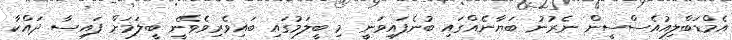
އެމްޑަބްލިއުއެސްސީން ނެރުނު ބަޔާނެއްގައި ބުނެފައިވަނީ މި ބީލަމުގައި ބައިވެރިވެވޭނީ ބީލަމަށް ފައިސާ ދައްކާ